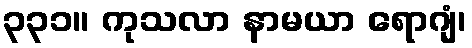
၃၃၁။ ကုသလာ နာမယာ ရောဂျံ၊